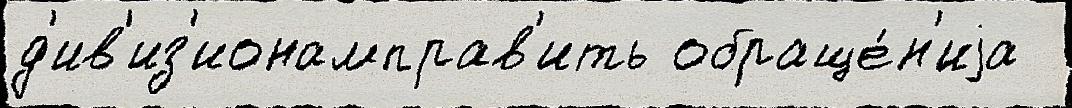
д'ив'из'ионамправ'ить обраще́н'иjа